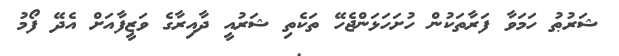
ޝަރުޠު ހަމަވާ ފަރާތަކުން ހުށަހަޅަންޖެހޭ ތަކެތި ޝަރުއީ ދާއިރާގެ ވަޒީފާއަށް އެދޭ ފޯމު